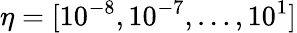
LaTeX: \eta=[10^{-8},10^{-7},\dotsc,10^{1}]